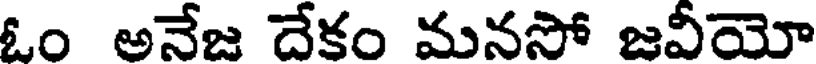
ఓం అనేజ దేకం మనసో జవీయో